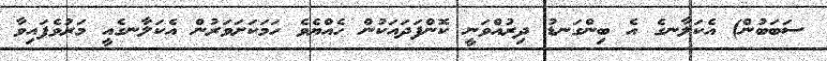
ސަބަބުން) އެކަލާނގެ އެ ބިންގަނޑު ދިރުއްވަނީ ކޮންފަދައަކުން ހެއްޔެވެ ހަމަކަށަވަރުން އެކަލާނގެއީ މަރުވެފައިވާ